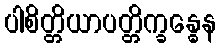
ပါစိတ္တိယာပတ္တိက္ခန္ဓေန